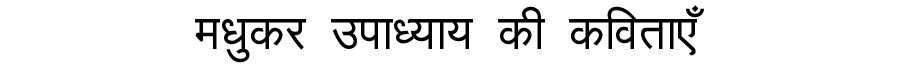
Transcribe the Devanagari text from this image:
मधुकर उपाध्याय की कविताएँ